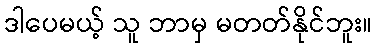
ဒါပေမယ့် သူ ဘာမှ မတတ်နိုင်ဘူး။